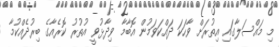
މި މައްސަލާގައި އިތުރަށް ވާހަކަ ދައްކަވަމުން އޮބާމާ ވިދާޅުވީ އުތުރު ކޮރެއާގެ ބިރުދެއްކުމާ